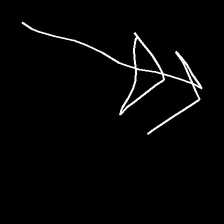
Glyph: pull